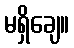
မရှိချေ။